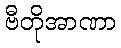
ဗီတိုအာဏာ